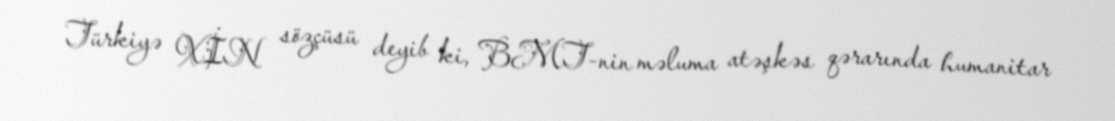
Türkiyə XİN sözçüsü deyib ki, BMT-nin məluma atəşkəs qərarında humanitar